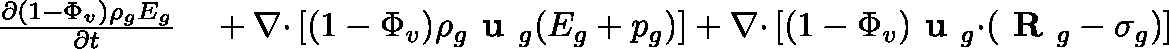
\begin{array} { r l } { \frac { \partial ( 1 - \Phi _ { v } ) \rho _ { g } E _ { g } } { \partial t } } & { { } + \nabla \mathbf { \cdot } \left[ ( 1 - \Phi _ { v } ) \rho _ { g } \textbf { u } _ { g } ( E _ { g } + p _ { g } ) \right] + \nabla \mathbf { \cdot } \left[ ( 1 - \Phi _ { v } ) \textbf { u } _ { g } \mathbf { \cdot } ( \textbf { R } _ { g } - \mathbf { \sigma } _ { g } ) \right] } \end{array}